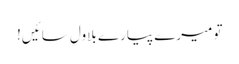
تو میرے پیارے بلاول سائیں!